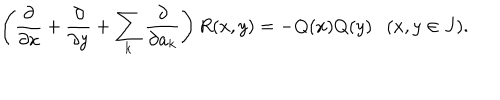
\left( { \frac { \partial } { \partial x } } + { \frac { \partial } { \partial y } } + \sum _ { k } { \frac { \partial } { \partial a _ { k } } } \right) R ( x , y ) = - Q ( x ) Q ( y ) \ \ \ ( x , y \in J ) .